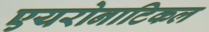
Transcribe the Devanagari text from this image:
एयरोनाटिकल